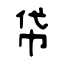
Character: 帒